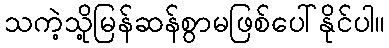
သကဲ့သို့မြန်ဆန်စွာမဖြစ်ပေါ်နိုင်ပါ။